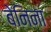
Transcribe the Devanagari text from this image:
बेनिना